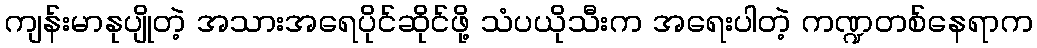
ကျန်းမာနုပျိုတဲ့ အသားအရေပိုင်ဆိုင်ဖို့ သံပယိုသီးက အရေးပါတဲ့ ကဏ္ဍတစ်နေရာက